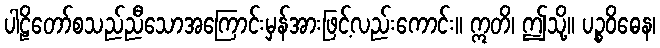
ပါဠိတော်စသည်ညီသောအကြောင်းမှန်အားဖြင့်လည်းကောင်း။ ဣတိ၊ ဤသို့။ ပဉ္စဝိဓေန၊